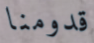
قدومنا